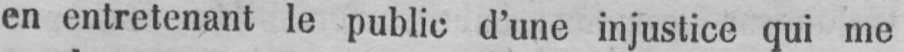
en entretenant le public d’une injustice qui me